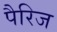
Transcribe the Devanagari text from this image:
पैरिज